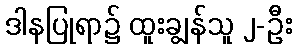
ဒါနပြုရာ၌ ထူးချွန်သူ ၂-ဦး